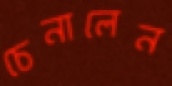
চেনালেন